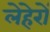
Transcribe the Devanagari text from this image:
लेहेरों